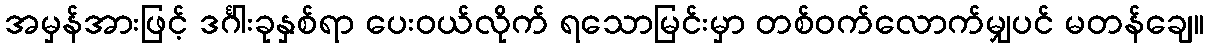
အမှန်အားဖြင့် ဒင်္ဂါးခုနှစ်ရာ ပေးဝယ်လိုက် ရသောမြင်းမှာ တစ်ဝက်လောက်မျှပင် မတန်ချေ။